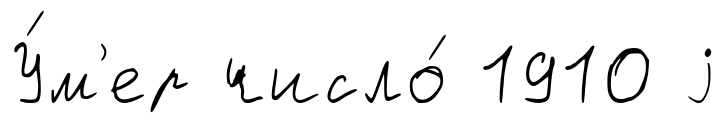
У́м'ер число́ 1910 j